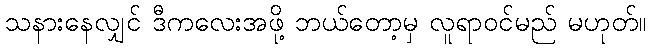
သနားနေလျှင် ဒီကလေးအဖို့ ဘယ်တော့မှ လူရာဝင်မည် မဟုတ်။